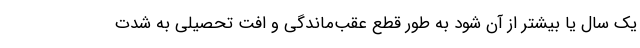
یک سال یا بیشتر از آن شود به طور قطع عقب‌ماندگی‌ و افت تحصیلی به شدت